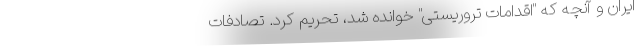
ایران و آنچه که "اقدامات تروریستی" خوانده شد، تحریم کرد. تصادفات